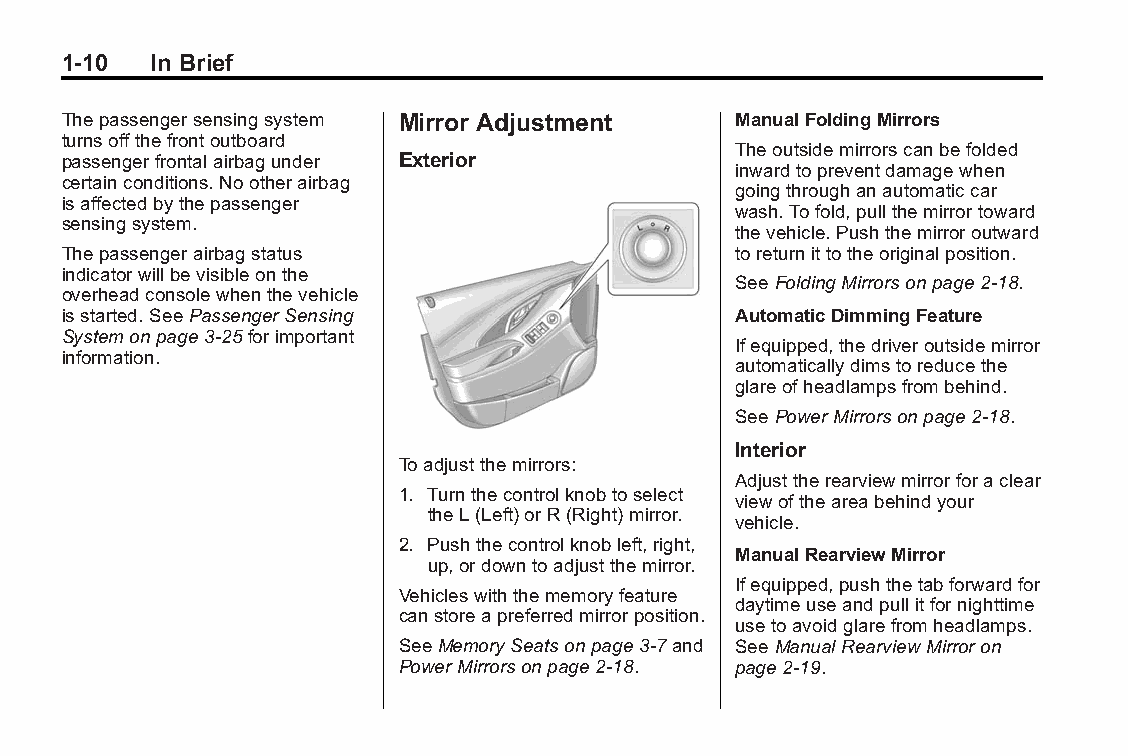
Buick LaCrosse Owner Manual (GMNA-Localizing-U.S./Canada/Mexico- Blackplate(10,1)
 6043609)-2014-2ndEdition-10/17/13
 1-10  In Brief
 Thepassengersensingsystem Mirror Adjustment ManualFoldingMirrors
 turnsoffthefrontoutboard
 Theoutsidemirrorscanbefolded
 passengerfrontalairbagunder Exterior
 inwardtopreventdamagewhen
 certainconditions.Nootherairbag
 goingthroughanautomaticcar
 isaffectedbythepassenger
 wash.Tofold,pullthemirrortoward
 sensingsystem.
 thevehicle.Pushthemirroroutward
 Thepassengerairbagstatus                    toreturnittotheoriginalposition.
 indicatorwillbevisibleonthe
 SeeFoldingMirrorsonpage2-18.
 overheadconsolewhenthevehicle
 isstarted.SeePassengerSensing               AutomaticDimmingFeature
 Systemonpage3-25forimportant
 Ifequipped,thedriveroutsidemirror
 information.
 automaticallydimstoreducethe
 glareofheadlampsfrombehind.
 SeePowerMirrorsonpage2-18.
 Interior
 Toadjustthemirrors:
 Adjusttherearviewmirrorforaclear
 1. Turnthecontrolknobtoselect
 viewoftheareabehindyour
 theL(Left)orR(Right)mirror.
 vehicle.
 2. Pushthecontrolknobleft,right,
 ManualRearviewMirror
 up,ordowntoadjustthemirror.
 Ifequipped,pushthetabforwardfor
 Vehicleswiththememoryfeature
 daytimeuseandpullitfornighttime
 canstoreapreferredmirrorposition.
 usetoavoidglarefromheadlamps.
 SeeMemorySeatsonpage3-7and SeeManualRearviewMirroron
 PowerMirrorsonpage2-18. page2-19.